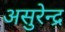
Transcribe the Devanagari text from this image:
असुरेन्द्र